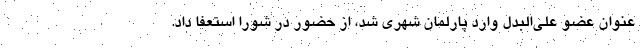
عنوان عضو علی‌البدل وارد پارلمان شهری شد، از حضور در شورا استعفا داد.